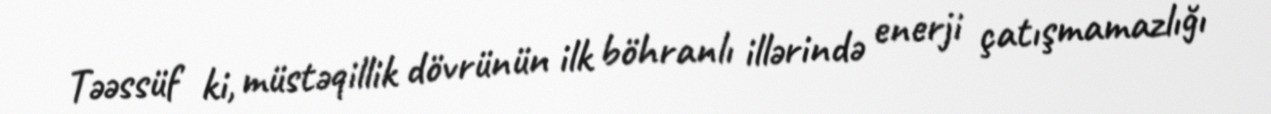
Təəssüf ki, müstəqillik dövrünün ilk böhranlı illərində enerji çatışmamazlığı